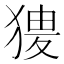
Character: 𤟺